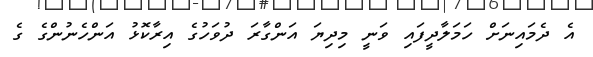
އެ ދެމައިނަށް ހަމަލާދީފައި ވަނީ މިދިޔަ އަންގާރަ ދުވަހުގެ އިރާކޮޅު އަންހެނުންގެ ގެ